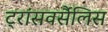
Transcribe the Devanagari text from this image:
ट्रांसवर्सैलिस